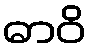
ဓာဝိ